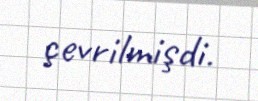
çevrilmişdi.